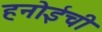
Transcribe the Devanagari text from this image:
हनोईची